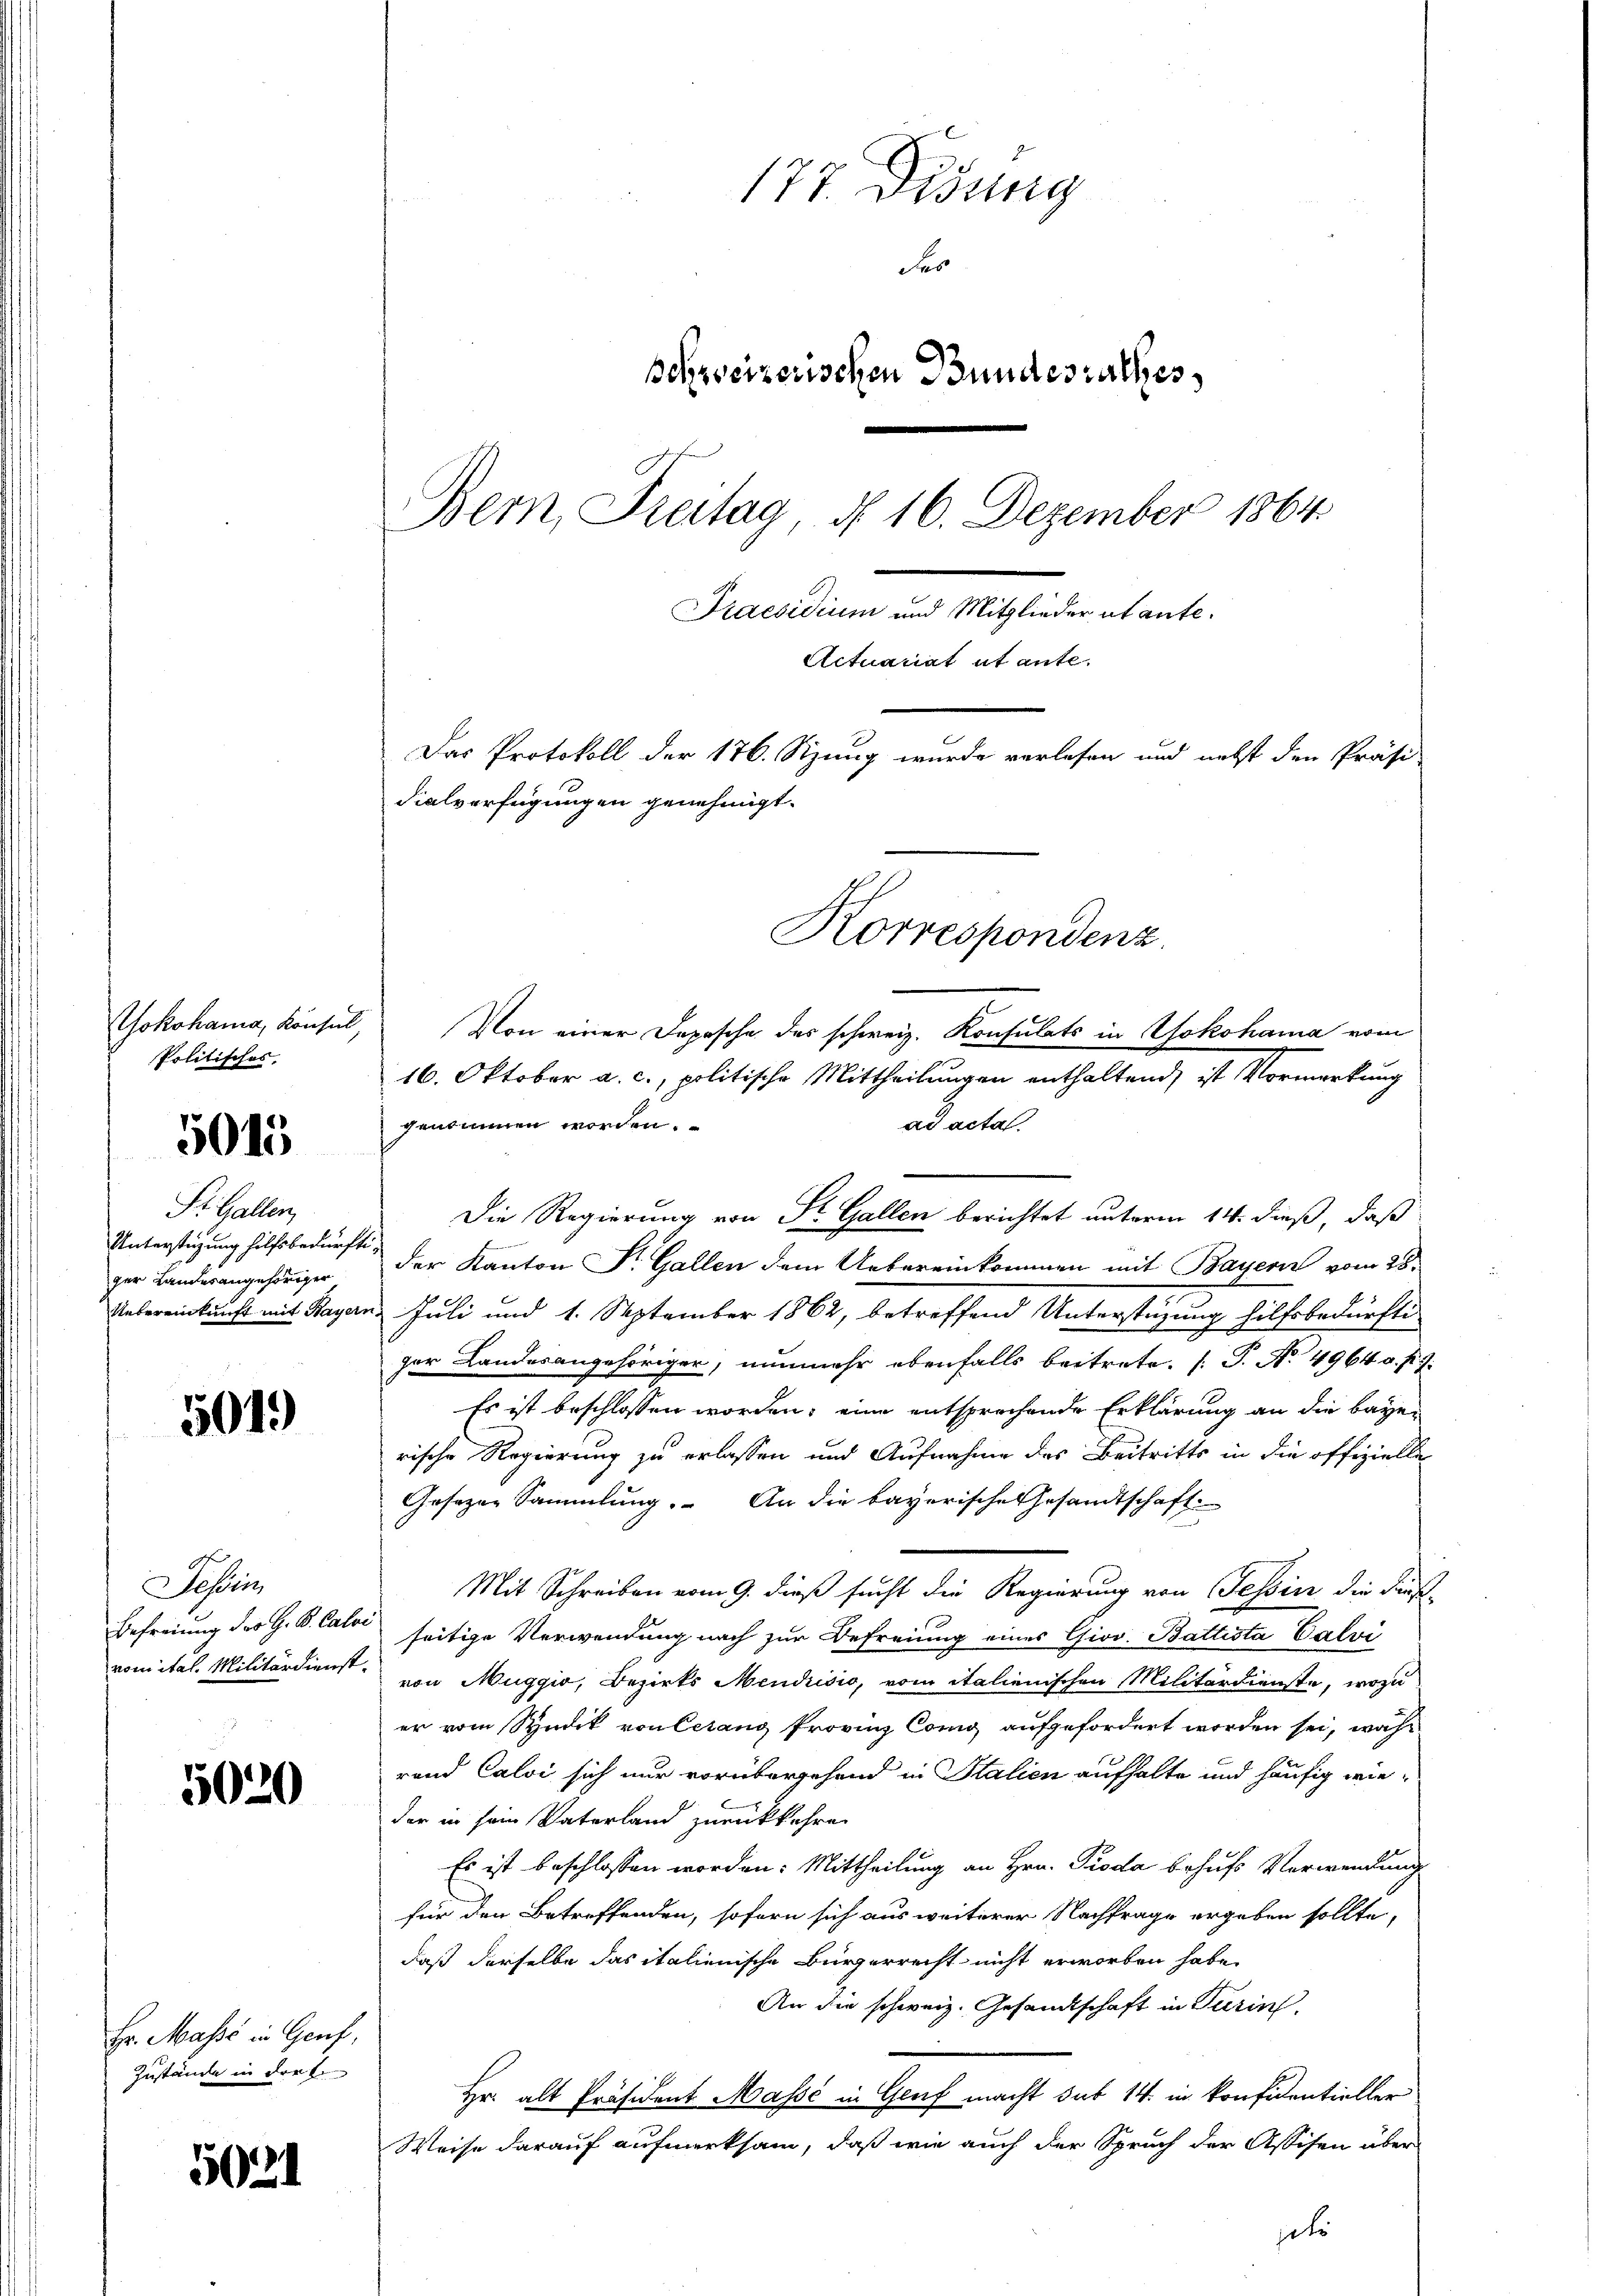
Yokohama, Konsul,
Politisches,

5015

St. Gallen,
Unterstüzung hilfsbedürftiger Landesangehöriger

5019

Tessin

5020

Hr. Masse in Genf,
Zustände in der k.

5021

Von einer Depesche des schweiz. Konsulats in Yokohama vom
16. Oktober a. c., politische Mittheilungen enthaltend, ist Vormerkung
gensimmen worden.
ad acta
Die Regierung von Dr. Gallen berichtet unterm 14. dieß, daß
der Kanton Dr. Gallen dem Uebereinkommen mit Bayern vom 28.
Unbereinkunft mit Hagen Juli und 1. September 1862, betreffend Unterstüzung hilfsbedürfte
ger Landesangehöriger, nunmehr ebenfalls beitrete. (T. No. 4964 v. J.
Es ist beschlossen worden; eine entsprechende Erklärung an die bayer
rische Regierung zu erlassen und Aufnahme des Beitritts in die offizielle
Gesezen Sammlung. An die bayerische Gesandtschaft
Mit Schreiben vom 9. dieß sucht die Regierung von Tessin die Frist¬
Befreiung des G. B. Cator seitige Verwendung nach zur Befreiung eines Giov. Battista Calvi
romital. Militärdienst, von Muggio, Bezirks Mendrisio, vom italienischen Militärdienste, wozu
er vom Syndik von letang Provinz Como aufgefordert worden sei, wahr
rund Calvi sich nur vorübergehend in Salien aufhalte und häufig wieder in sein Vaterland zurückkehre.
Es ist beschlossen worden: Mittheilung an Hrn. Proda behufs Verwendung
für den Betreffenden, sofern sich aus weiterer Nachfrage ergeben sollte,
daß derselbe das italienische Bürgerrecht nicht erworben habe.
An die schweiz. Gesandtschaft in Turin
Hr. alt Präsident Masse in Genf macht sub 14. in konfidentieller
Weise darauf aufmerksam, daß wie auch der Spruch der Assisen über
ts

177 Didung
as
schweizerischen Bundesrathes
Bern, Freitag, d. 16. Dezember 1864
Peuerdienen er sei der tanten
Actuariat et ante.
Das Protokoll der 176. Sizung wurde verlesen und nebst den Präsi-
dialverfügungen genehmigt.
Korrespondenz.